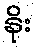
နိုး